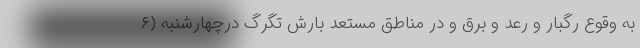
به وقوع رگبار و رعد و برق و در مناطق مستعد بارش تگرگ درچهارشنبه (۶